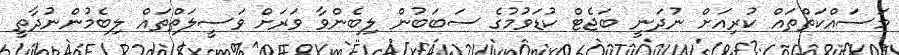
މަސައްކަތްތައް ކުރިއަށް ނުދަނީ ބަޖެޓް ކުޑަވުމުގެ ސަބަބުން ލިބެންވާ ވަރަށް ވަސީލަތްތައް ލިބެމުންނުދާތީ